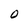
Character: 0